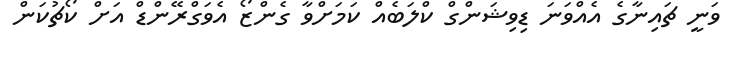
ވަނީ ޗައިނާގެ އެއްވަނަ ޑިވިޝަންގް ކްލަބެއް ކަމަށްވާ ގެންޒޯ އެވަގްރޭންޑް އަށް ކޯޗުކަން